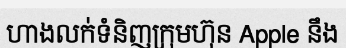
ហាងលក់ទំនិញក្រុមហ៊ុន Apple នឹង